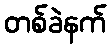
တစ်ခဲနက်